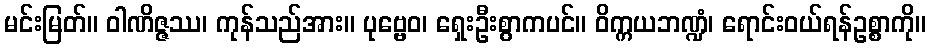
မင်းမြတ်။ ဝါဏိဇ္ဇဿ၊ ကုန်သည်အား။ ပုဗ္ဗေဝ၊ ရှေးဦးစွာကပင်။ ဝိက္ကယဘဏ္ဍံ၊ ရောင်းဝယ်ရန်ဥစ္စာကို။